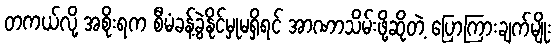
တကယ်လို့ အစိုးရက စီမံခန့်ခွဲနိုင်မှုမရှိရင် အာဏာသိမ်းဖို့ဆိုတဲ့ ပြောကြားချက်မျိုး